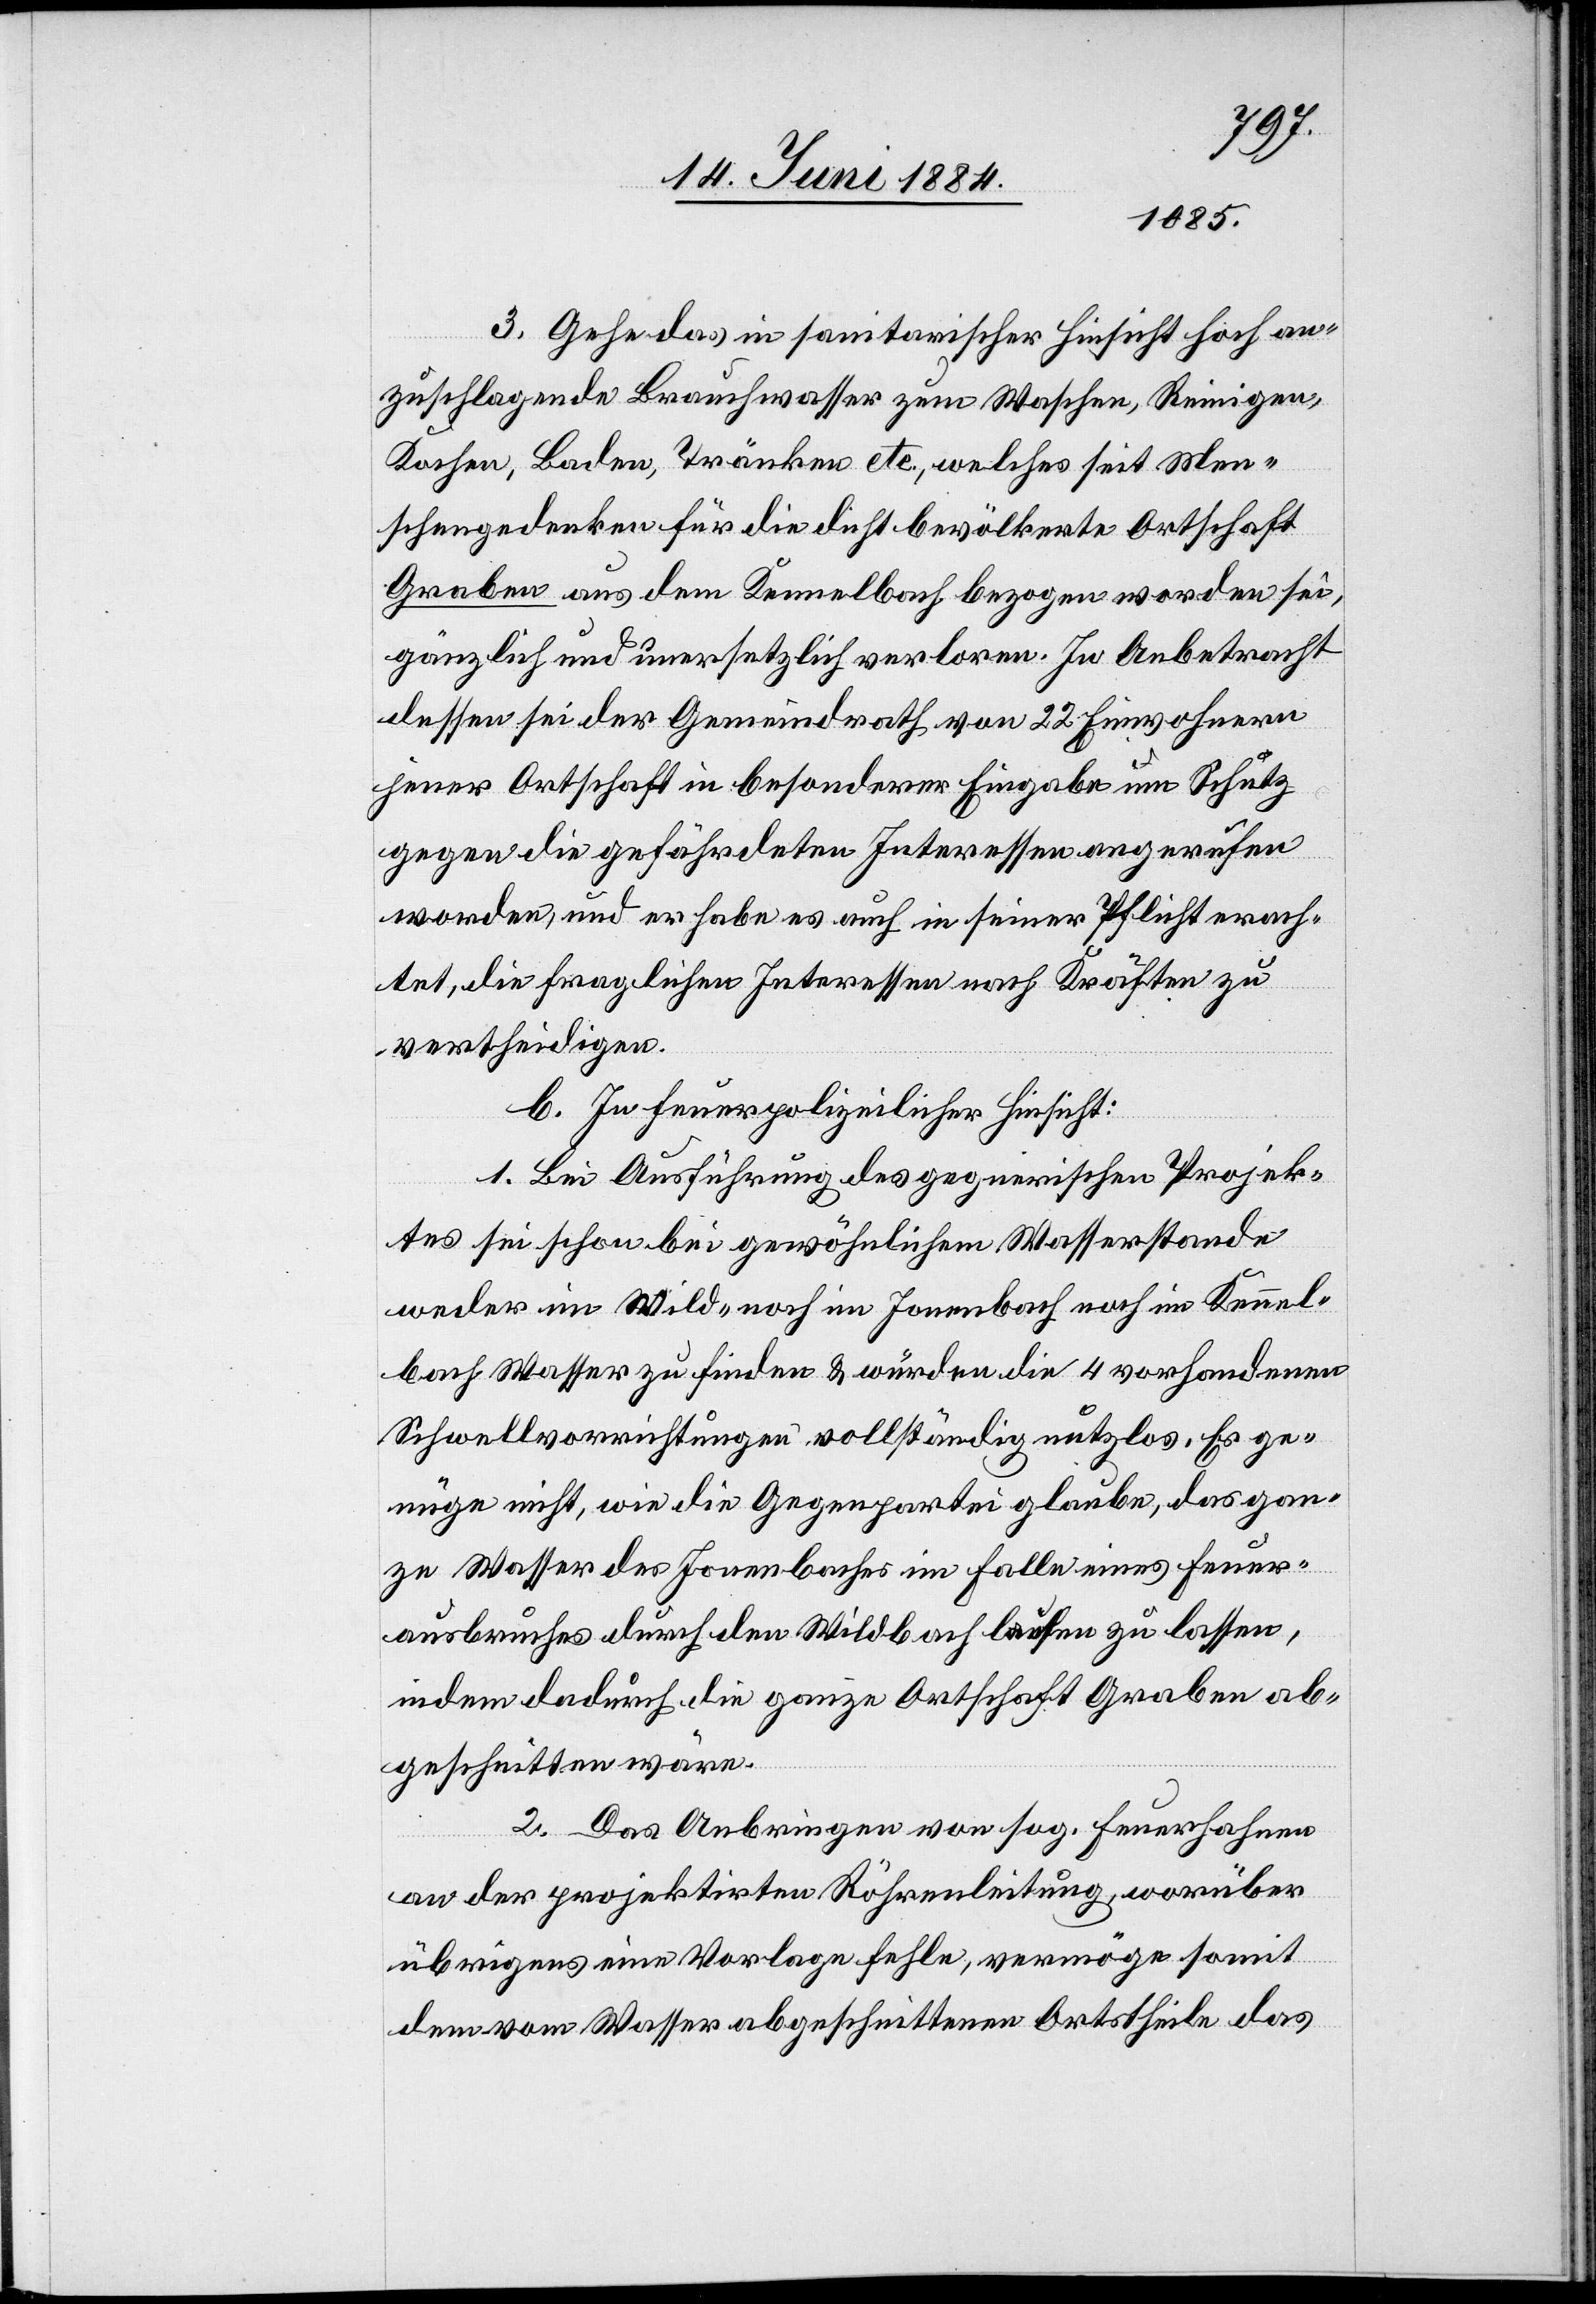
3. Gehe das in sanitarischer Hinsicht hoch an¬
zuschlagende Brauchwasser zum Waschen, Reinigen,
Kochen, Baden, Tränken etc., welches seit Men¬
schengedenken für die dicht bevölkerte Ortschaft
Graben aus dem Kennelbach bezogen worden sei,
gänzlich und unersetzlich verloren. In Anbetracht
dessen sei der Gemeindrath von 22 Einwohnern
jener Ortschaft in besonderer Eingabe um Schutz
gegen die gefährdeten Interessen angerufen
worden, und er habe es auch in seiner Pflicht erach¬
tet, die fraglichen Interessen nach Kräften zu
vertheidigen.
b. In feuerpolizeilicher Hinsicht:
1. Bei Ausführung des gegnerischen Projek¬
tes sei schon bei gewöhnlichem Wasserstande
weder im Wild- noch im Jonenbach noch im Kennel¬
bach Wasser zu finden & würden die 4 vorhandenen
Schwellvorrichtungen vollständig nutzlos. Es ge¬
nüge nicht, wie die Gegenpartei glaube, das gan¬
ze Wasser des Jonenbaches im Falle eines Feuer¬
ausbruches durch den Wildbach laufen zu lassen,
indem dadurch die ganze Ortschaft Graben ab¬
geschnitten wäre.
2. Das Anbringen von sog. Feuerhahnen
an der projektirten Röhrenleitung, worüber
übrigens eine Vorlage fehle, vermöge somit
dem vom Wasser abgeschnittenen Ortstheile das